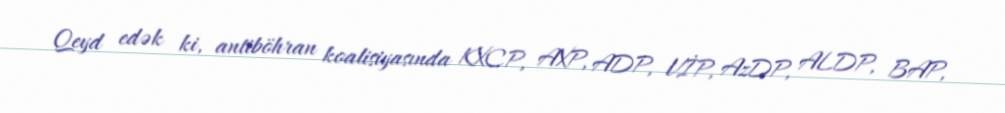
Qeyd edək ki, antiböhran koalisiyasında KXCP, AXP, ADP, VİP, AzDP, ALDP, BAP,